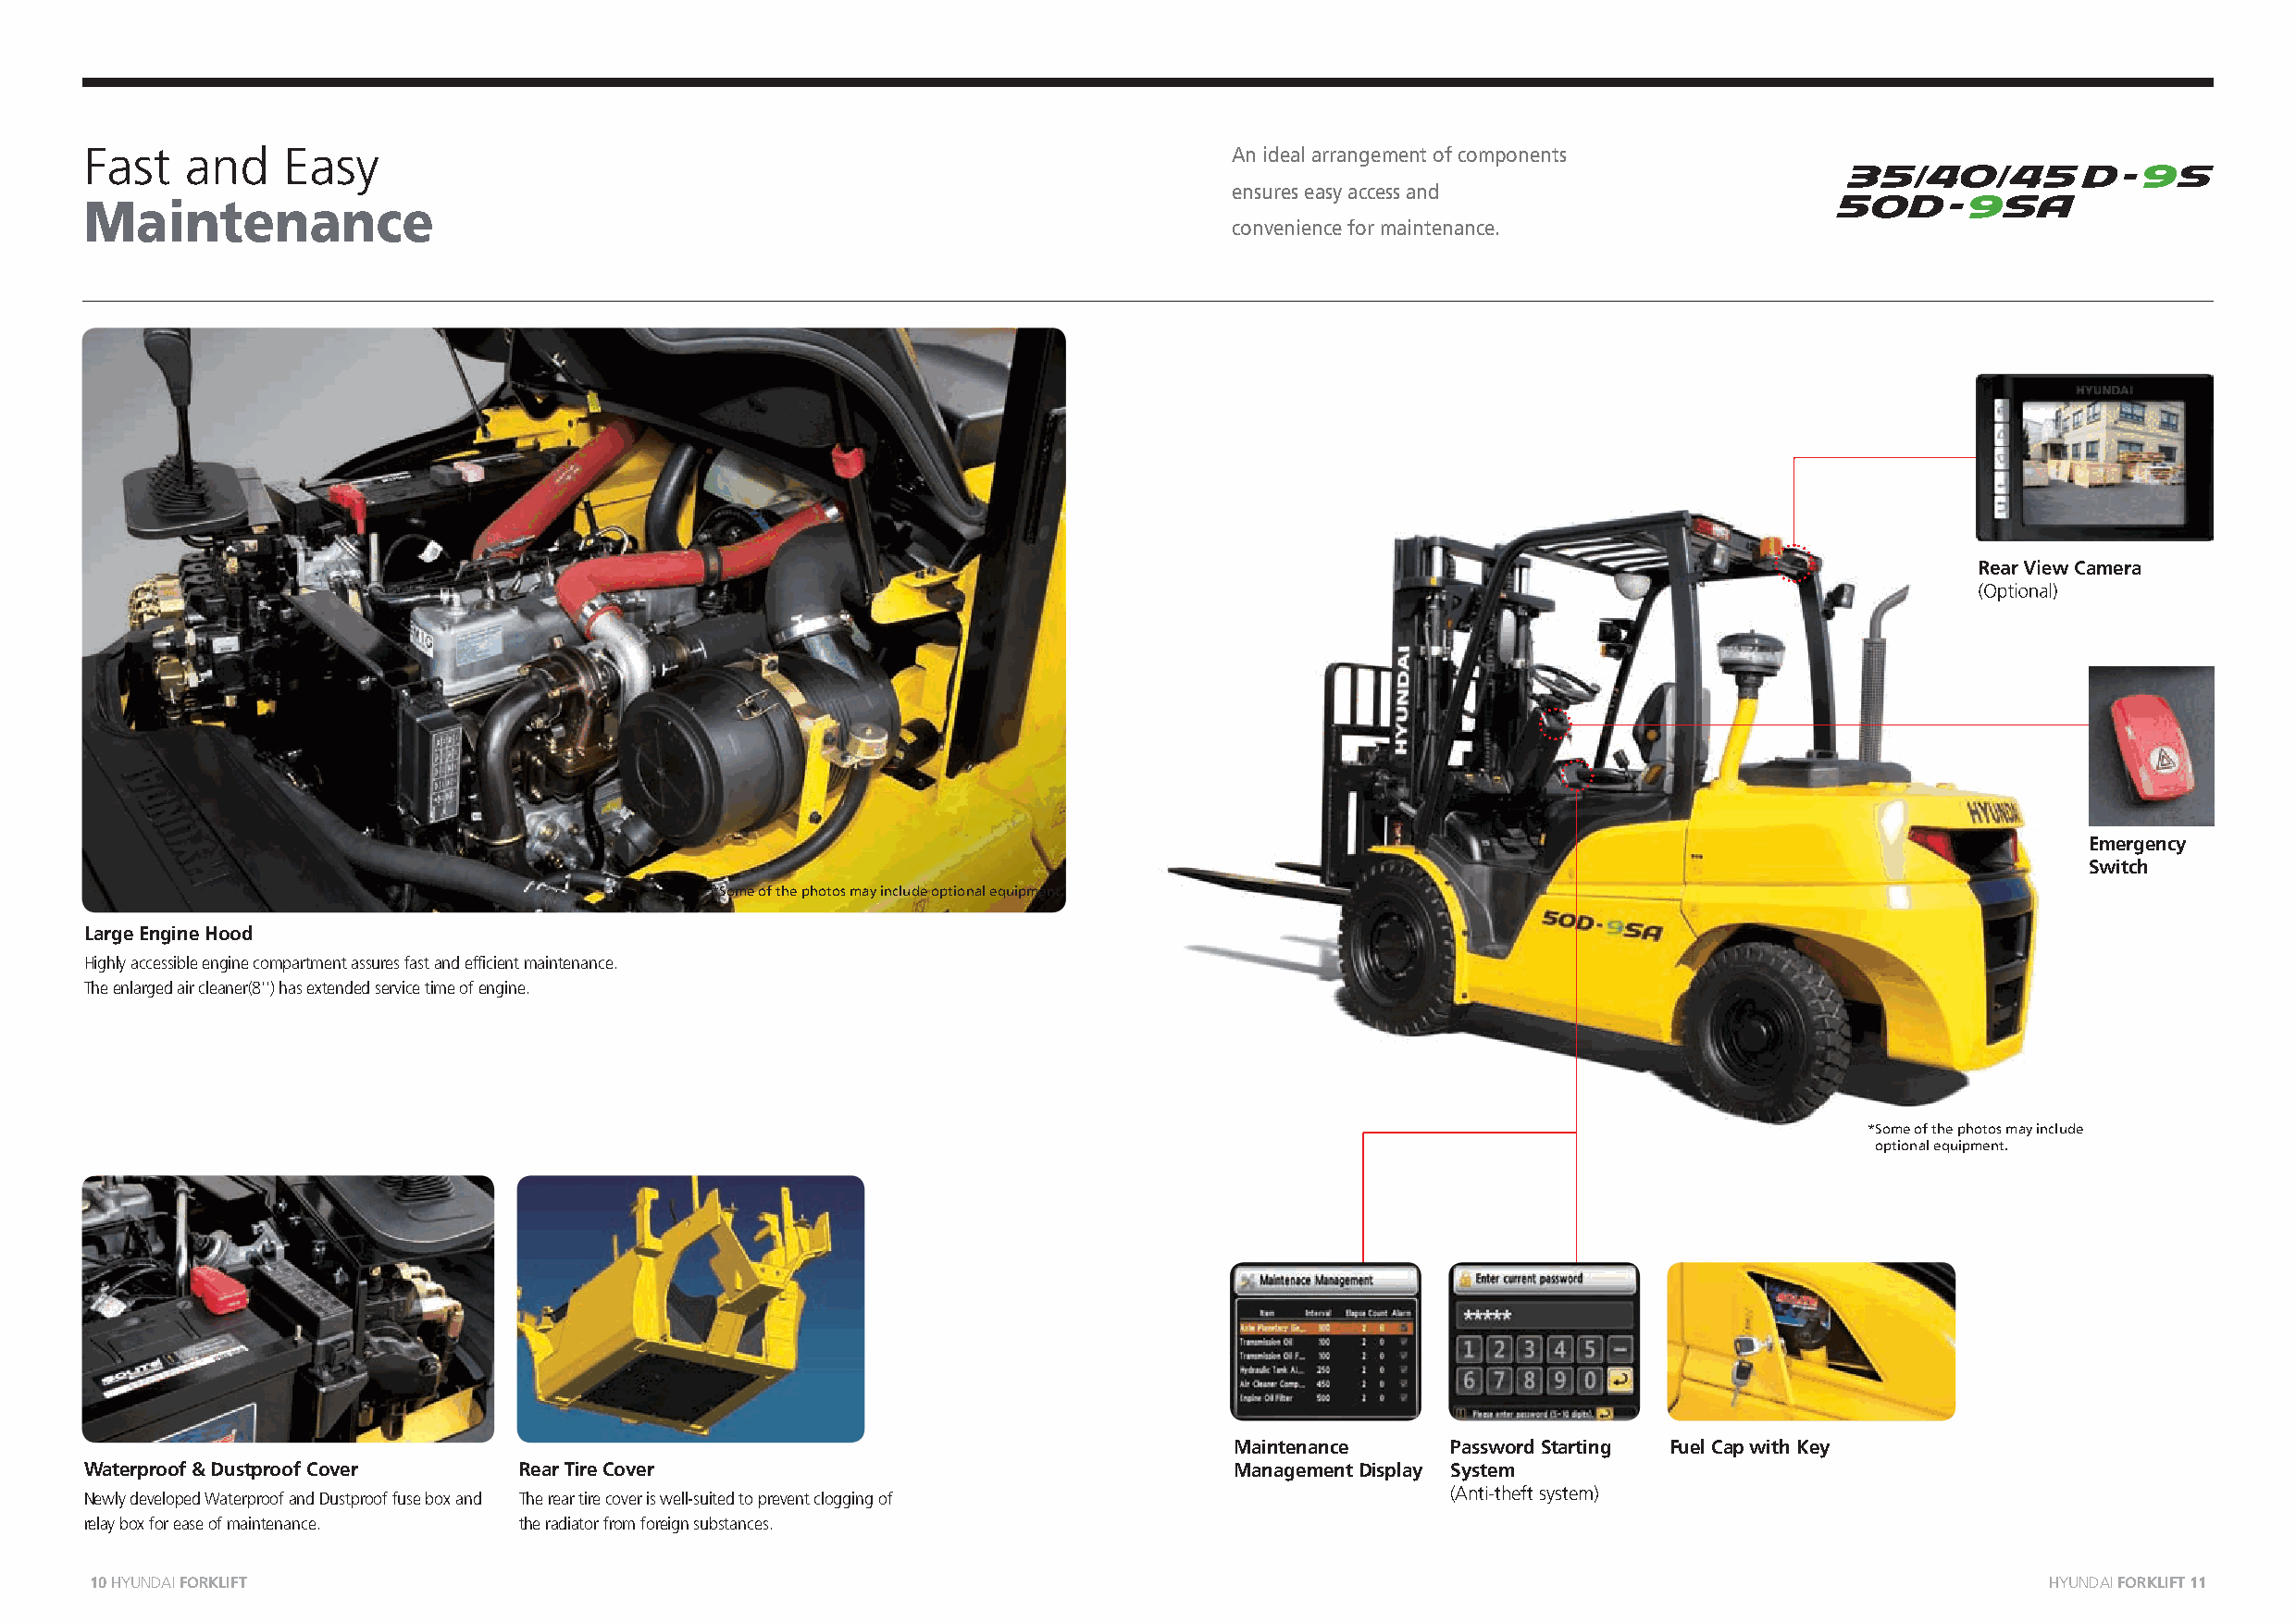
Fast   and    Easy                                                                An ideal arrangement of components
 ensures easy access and
 Maintenance
 convenience for maintenance.
 RReeaarr VViieeww CCaammeerraa
 (Optional)
 Emergency
 Switch
 *Some of the photos may include optional equipment.
 Large Engine Hood
 Highly accessible engine compartment assures fast and efficient maintenance.
 The enlarged air cleaner(8'') has extended service time of engine.
 *Some of the photos may include
 optional equipment.
 Maintenance     Password Starting Fuel Cap with Key
 Waterproof & Dustproof Cover   Rear Tire Cover                                    Management Display System
 (Anti-theft system)
 Newly developed Waterproof and Dustproof fuse box and The rear tire cover is well-suited to prevent clogging of
 relay box for ease of maintenance. the radiator from foreign substances.
 10 HYUNDAI FORKLIFT                                                                                                                          HHYYUUNNDDAAII FFOORRKKLLIIFFTT 1111